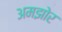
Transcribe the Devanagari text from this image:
अमझोर